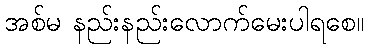
အစ်မ နည်းနည်းလောက်မေးပါရစေ။